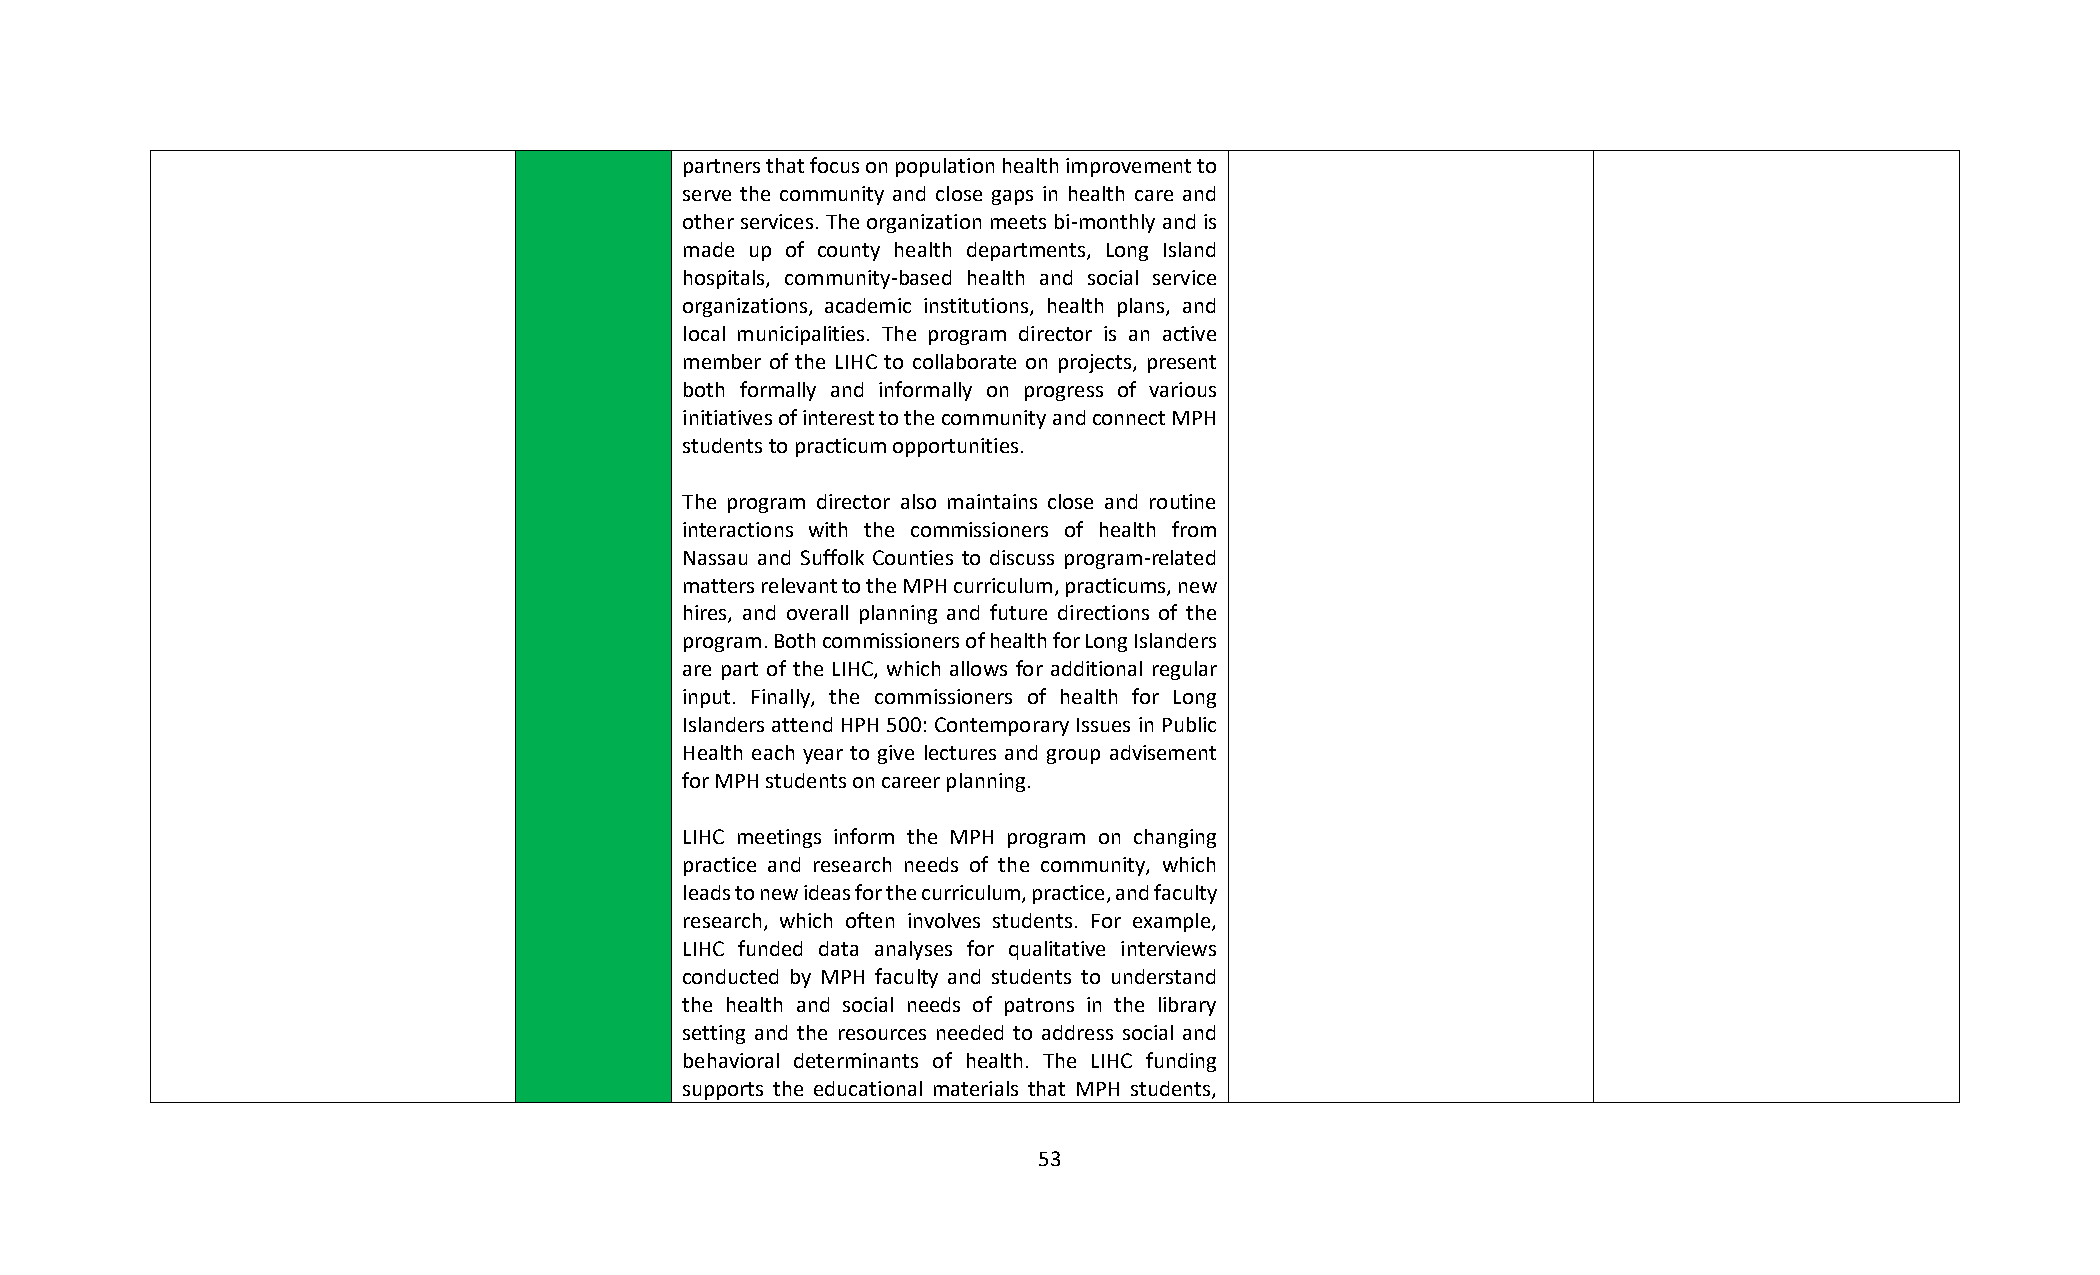
partners that focus on population health improvement to
 serve the community and close gaps in health care and
 other services. The organization meets bi-monthly and is
 made up of county health departments, Long Island
 hospitals, community-based health and social service
 organizations, academic institutions, health plans, and
 local municipalities. The program director is an active
 member of the LIHC to collaborate on projects, present
 both formally and informally on progress of various
 initiatives of interest to the community and connect MPH
 students to practicum opportunities.
 The program director also maintains close and routine
 interactions with the commissioners of health from
 Nassau and Suffolk Counties to discuss program-related
 matters relevant to the MPH curriculum, practicums, new
 hires, and overall planning and future directions of the
 program. Both commissioners of health for Long Islanders
 are part of the LIHC, which allows for additional regular
 input. Finally, the commissioners of health for Long
 Islanders attend HPH 500: Contemporary Issues in Public
 Health each year to give lectures and group advisement
 for MPH students on career planning.
 LIHC meetings inform the MPH program on changing
 practice and research needs of the community, which
 leads to new ideas for the curriculum, practice, and faculty
 research, which often involves students. For example,
 LIHC funded data analyses for qualitative interviews
 conducted by MPH faculty and students to understand
 the health and social needs of patrons in the library
 setting and the resources needed to address social and
 behavioral determinants of health. The LIHC funding
 supports the educational materials that MPH students,
 53